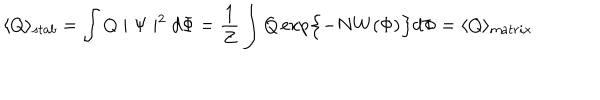
\langle Q \rangle _ { s t a b } = \int Q \mid \Psi \mid ^ { 2 } d \Phi = \frac { 1 } { Z } \int Q \exp \Bigl \{ - N W ( \Phi ) \Bigr \} d \Phi = \langle Q \rangle _ { m a t r i x }